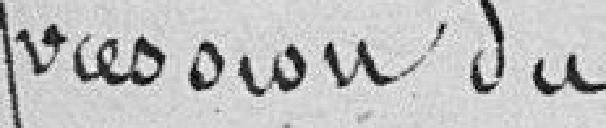
Suppression du